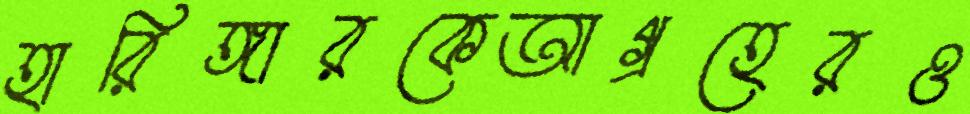
হারিঙ্গারকেআগ্রহেরও